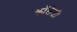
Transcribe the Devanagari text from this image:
कॉलेजी